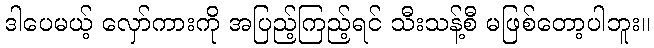
ဒါပေမယ့် လှော်ကားကို အပြည့်ကြည့်ရင် သီးသန့်စီ မဖြစ်တော့ပါဘူး။